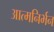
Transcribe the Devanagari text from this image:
आत्मनिर्भन